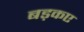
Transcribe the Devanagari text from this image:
बड़कए